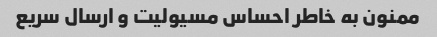
ممنون به خاطر احساس مسیولیت و ارسال سریع